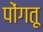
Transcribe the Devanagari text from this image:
पोंगतू